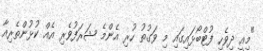
"މިއީ ދިވެހި ފުޓްބޯޅައިގައި މި ވަގުތު ހުރި އެންމެ ޝަރަފުވެރި އެއް ކުޅުންތެރިއާ